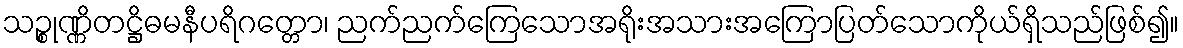
သဉ္စုဏ္ဏိတဋ္ဌိဓမနီပရိဂတ္တော၊ ညက်ညက်ကြေသောအရိုးအသားအကြောပြတ်သောကိုယ်ရှိသည်ဖြစ်၍။